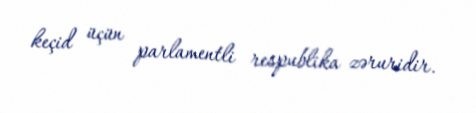
keçid üçün parlamentli respublika zəruridir.